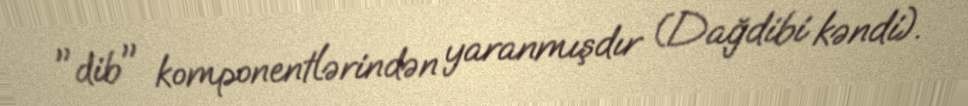
"dib" komponentlərindən yaranmışdır (Dağdibi kəndi).